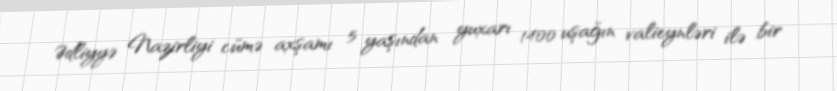
Ədliyyə Nazirliyi cümə axşamı 5 yaşından yuxarı 1400 uşağın valieynləri ilə bir